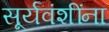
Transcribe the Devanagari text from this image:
सूर्यवंशींना